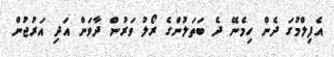
އެފިލްމުގަ ދެން ހިމެނޭ ދެ ބަތަލުންގެ ރޯލު ވަރުން ދާވަން އަދި އަރުޖުން